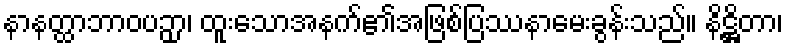
နာနတ္ထာဘာဝပဉှာ၊ ထူးသောအနက်၏အဖြစ်ပြဿနာမေးခွန်းသည်။ နိဋ္ဌိတာ၊